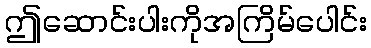
ဤဆောင်းပါးကိုအကြိမ်ပေါင်း